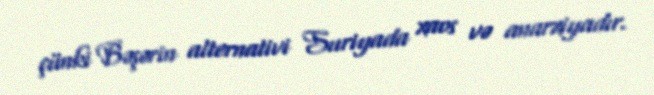
çünki Bəşərin alternativi Suriyada xaos və anarxiyadır.